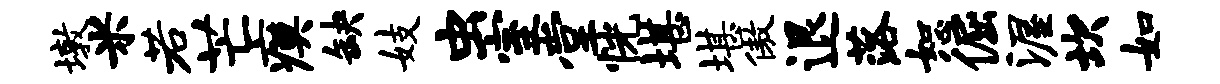
墩米若芒瘼缺妓虫室堂恍堪堪傲退落恕倔渥坎如